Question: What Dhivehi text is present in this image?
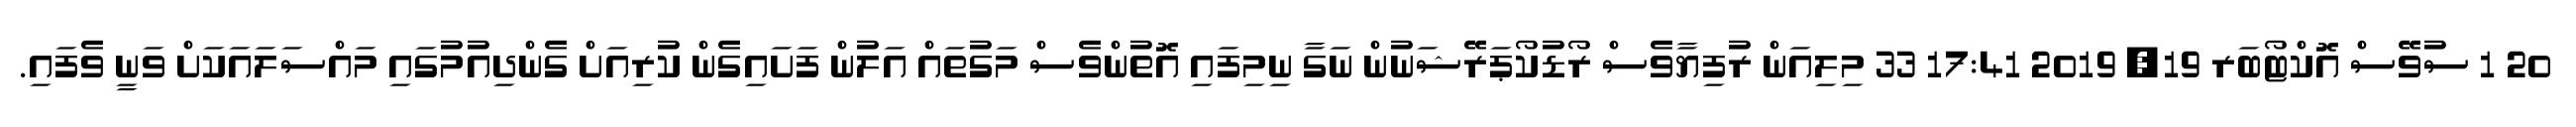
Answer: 20 1 ސުވޭސް އޮކްޓޯބަރ 19, 2019 17:41 33 މިލިއަން ރުފިޔާވެސް ރޯޑުކޯޕަރޭޝަނުން ނަގާ ނިމިފައި އޮތުންވެސް މަގުތައް އަލުން ފަށައިގެން ކުރިއަށް ގެންދިއުމުގައި މައްސަލައަކަށް ވަނީ ވެފައި.